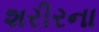
શરીરના